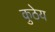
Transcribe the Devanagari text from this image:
कुठेय